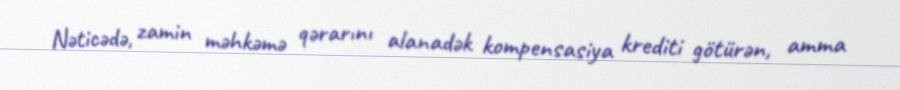
Nəticədə, zamin məhkəmə qərarını alanadək kompensasiya krediti götürən, amma